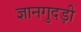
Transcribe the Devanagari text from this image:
ज्ञानगुदड़ी